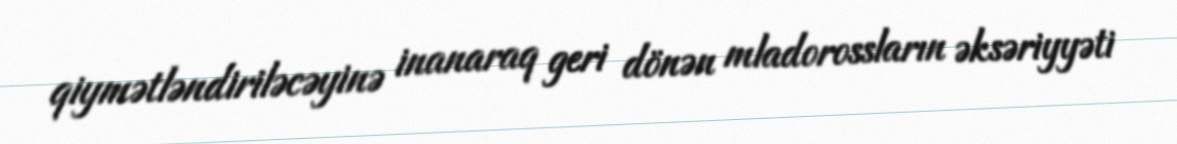
qiymətləndiriləcəyinə inanaraq geri dönən mladorossların əksəriyyəti